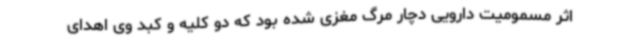
اثر مسمومیت دارویی دچار مرگ مغزی شده بود که دو کلیه و کبد وی اهدای